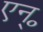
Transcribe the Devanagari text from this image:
एन्॰